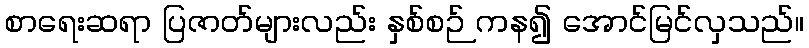
စာရေးဆရာ ပြဇာတ်များလည်း နှစ်စဉ် ကန၍ အောင်မြင်လှသည်။